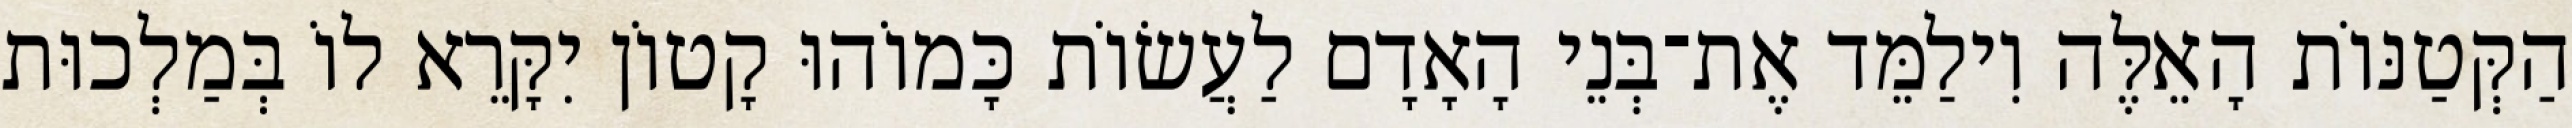
הַקְּטַנּוֹת הָאֵלֶּה וִילַמֵּד אֶת־בְּנֵי הָאָדָם לַעֲשׂוֹת כָּמוֹהוּ קָטוֹן יִקָּרֵא לוֹ בְּמַלְכוּת